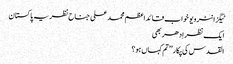
ٹیگزانٹرویو خواب قائداعظم محمد علی جناح نظریہ پاکستان
ایک نظر اِدھر بھی
القدس کی پکار ’’تم کہاں ہو؟